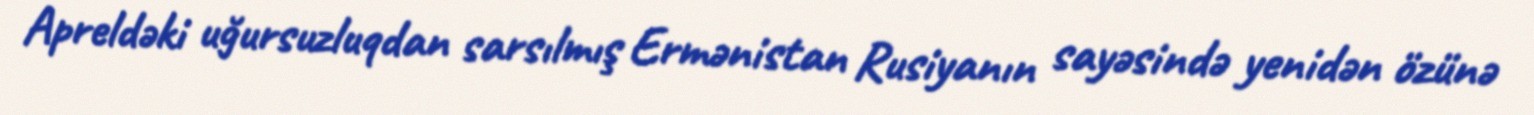
Apreldəki uğursuzluqdan sarsılmış Ermənistan Rusiyanın sayəsində yenidən özünə